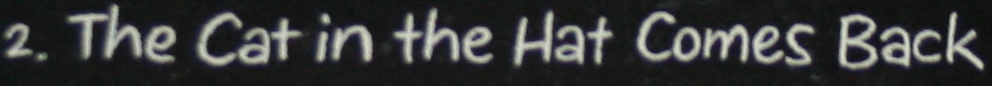
2. The Cat in the Hat Comes Back